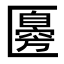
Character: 𠥣